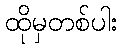
ထိုမှတစ်ပါး